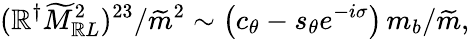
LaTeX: (\mathbb{R}^{\dagger}\widetilde{M}_{\mathbb{R}L}^{2})^{23}/{\widetilde{m}^{2}}\sim\left(c_{\theta}-s_{\theta}e^{-i\sigma}\right)\, m_{b}/\widetilde{m},